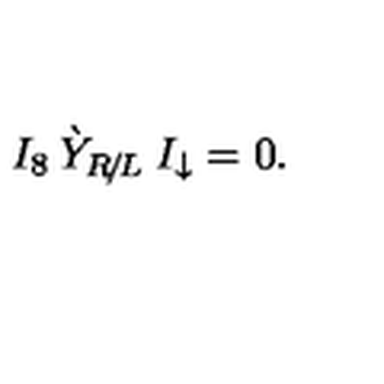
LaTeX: I _ { 8 } \: \grave { Y } _ { R \! / \! L } \: I _ { \downarrow } = 0 .